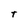
Character: t